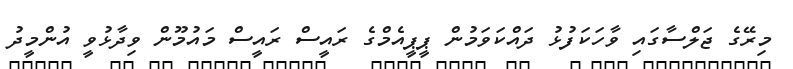
މިރޭގެ ޖަލްސާގައި ވާހަކަފުޅު ދައްކަވަމުން ޕީޕީއެމްގެ ރައީސް ރައީސް މައުމޫން ވިދާޅުވީ އުންމީދު